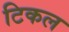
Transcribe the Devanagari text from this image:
टिकल